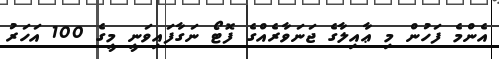
އެންމެެ ފަހުން މި ޢާއިލާގެ ޖަނަވާރެއްގެ ފޮޓޯ ނަގާފައިވަނީ މީގެ 100 އަހަރު